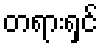
တရားရှင်